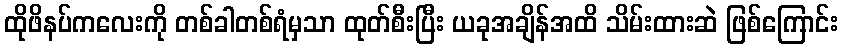
ထိုဖိနပ်ကလေးကို တစ်ခါတစ်ရံမှသာ ထုတ်စီးပြီး ယခုအချိန်အထိ သိမ်းထားဆဲ ဖြစ်ကြောင်း